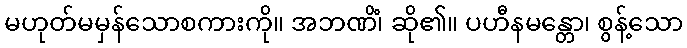
မဟုတ်မမှန်သောစကားကို။ အဘဏိံ၊ ဆို၏။ ပဟီနမန္တော၊ စွန့်သော